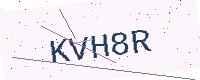
Text: KVH8R